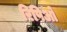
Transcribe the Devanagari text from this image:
रिपिओ